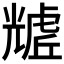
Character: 𧇲